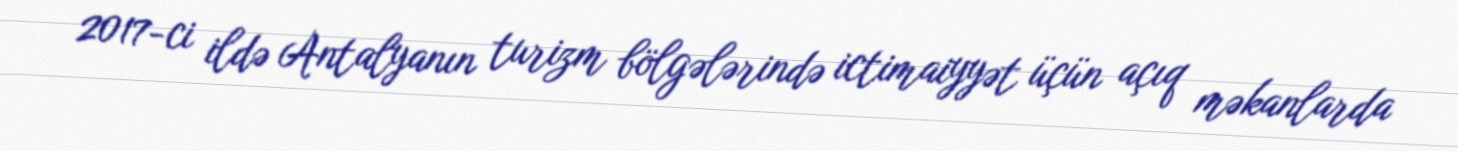
2017-ci ildə Antalyanın turizm bölgələrində ictimaiyyət üçün açıq məkanlarda